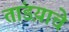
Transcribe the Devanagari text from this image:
तांडय़ाचे